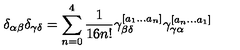
\delta _ { \alpha \beta } \delta _ { \gamma \delta } = \sum _ { n = 0 } ^ { 4 } { \frac { 1 } { 1 6 n ! } } \gamma _ { \beta \delta } ^ { [ a _ { 1 } . . . a _ { n } ] } \gamma _ { \gamma \alpha } ^ { [ a _ { n } . . . a _ { 1 } ] }